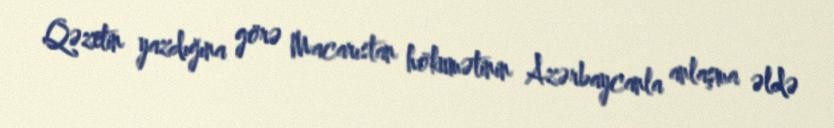
Qəzetin yazdığına görə Macarıstan hökumətinin Azərbaycanla anlaşma əldə